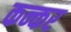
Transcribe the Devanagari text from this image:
कन्कर